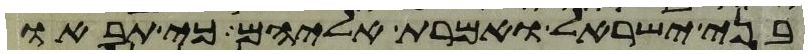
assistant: בני ישראל ואמרת אליהם כי תבאו